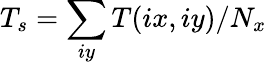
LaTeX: T_{s}=\sum_{iy}T(ix,iy)/N_{x}